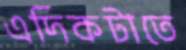
এদিকটাতে